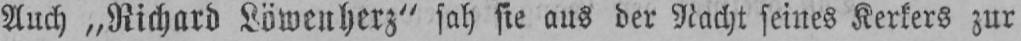
Auch „Richard Löwenherz“ sah sie aus der Nacht seines Kerkers zur